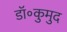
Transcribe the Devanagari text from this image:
डॉ॰कुमुद